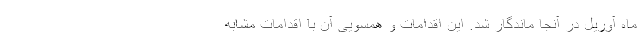
ماه آوریل در آنجا ماندگار شد. این اقدامات و همسویی آن با اقدامات مشابه